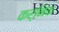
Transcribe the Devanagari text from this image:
कर्निक